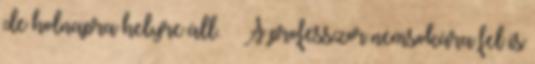
de holnapra helyre áll. A professzor nemsokára fel is